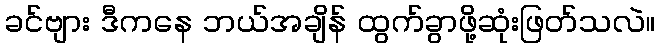
ခင်ဗျား ဒီကနေ ဘယ်အချိန် ထွက်ခွာဖို့ဆုံးဖြတ်သလဲ။